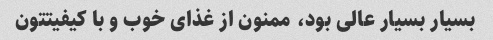
بسیار بسیار عالی بود، ممنون از غذای خوب و با کیفیتتون